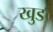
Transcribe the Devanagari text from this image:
खुड